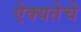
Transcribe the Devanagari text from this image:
ऐक्यतेचे